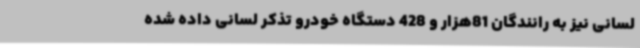
لسانی نیز به رانندگان 81هزار و 428 دستگاه خودرو تذکر لسانی داده شده